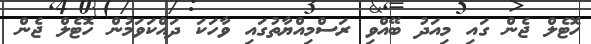
ހޮޓެލް ޖެން ގައި މިއަދު ބޭއްވި ރަސްމިއްޔާތުގައި ވާހަކަ ދައްކަވަމުން ހޮޓެލް ޖެން